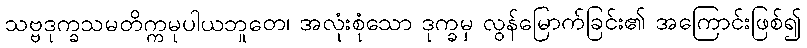
သဗ္ဗဒုက္ခသမတိက္ကမုပါယဘူတေ၊ အလုံးစုံသော ဒုက္ခမှ လွန်မြောက်ခြင်း၏ အကြောင်းဖြစ်၍